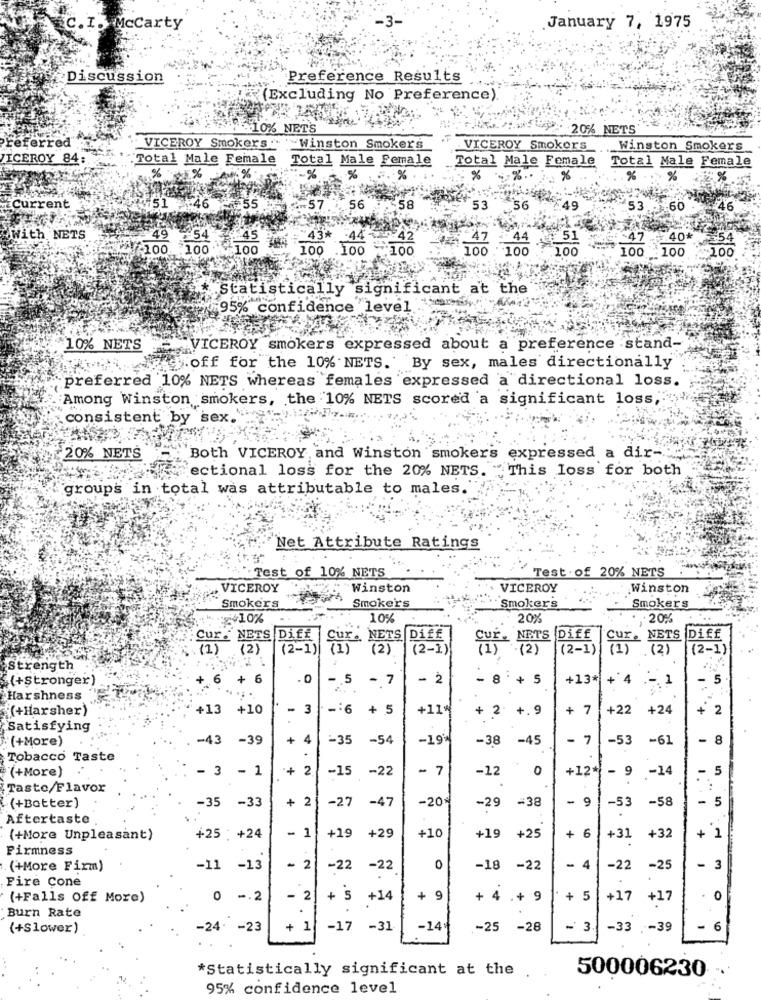
C. I. McCarty
January 7, 1975
Discussion
Preference Results
(Excluding No Preference).
10% NETS
20% NETS
VICEROY Smokers .
Winston Smokers
VICEROY Smokers
Winston Smokers
ICEROY 84
"Total Male Female
Total Male Female
Total Male Female Total Male Female
%
5%
%
. %
%
%
% %
26
Current
£55
-57
.. 56
58
53
.56
49
53
.60
46
With NETS
54
43*
"51
47
40*
100 100 100
100 100 100
100 . 100
100
100
100
-100
* Statistically significant at the
:95% confidence level
10% NETS
VICEROY smokers expressed about a preference stand-
Hoff for the 10% NETS. By sex, males directionally
preferred 10% NETS whereas females expressed a directional loss.
Among Winston smokers, the 10% NETS scored a significant loss, """"
consistent by sex.
20% NETS
Both VICEROY and Winston smokers expressed a dir-
ectional loss for the 20% NETS. "This loss for both
groups in total was attributable to males.
Net Attribute Ratings
Test of 10% NETS
Test. of 20% NETS
„ VICEROY
Winston
VICEROY
Winston
Smokers
Smokers
Smokers
Smokers
10%
20%
20%
Cur . NETS Diff
Cur. NETS Diff
CHE- NETS Diff
NETS Diff
(1)
.(2)
(2-1)
(2)
(2-1)
(2)
(2-1)
(1)
(2)
(2-1)
strength
"(+stronger)
+.
6
+ 6
. 0
- 5
- 7
- 2
- 8 + 5
+13*
+ 4
.-. 1
- 5
Harshness
'(+Harsher)
+13 +10
- 3
-: 6
+ 5
+11%
+ 2 + . 9
+ 7
+22 +24
+ 2
Satisfying
(+More)
-43 -39
+ 4
-35
-54
-19 **
-38 -45
- 7
-53
-61
8
Tobacco Taste
(+More)
- 3 - 1
+
2
-22
- 7
-12
£
0
+12*
- 9 -14
5
-15
Taste/Flavor
+ 2
-27
-47
-20%
-29
=38
- 9
-53
-58
- 5
(+Batter)
-35 -33
.
Aftertaste
- 1
+29
+10
+ 6
+32
+
(+More Unpleasant)
+25 : +24
+19
+19
+25
+31
Firmness
(+More Firm)
-11 -13
- 2
-22
-22
0
-18
-22
4
-22
-25
- 3
Fire Cone
(+Falls Off More)
0 -. 2
- 2
+ 5
+14
+
9
+ 4 .+ 9
+ 5
+17
+17
0
Burn Rate
.
(+Slower)
-24. - 23
+ 1
-17
-31
-14
-25 -28
- 3
-33 -39
- 6
*Statistically significant at the
500006230
95% confidence level